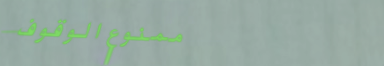
ممنوع الوقوف